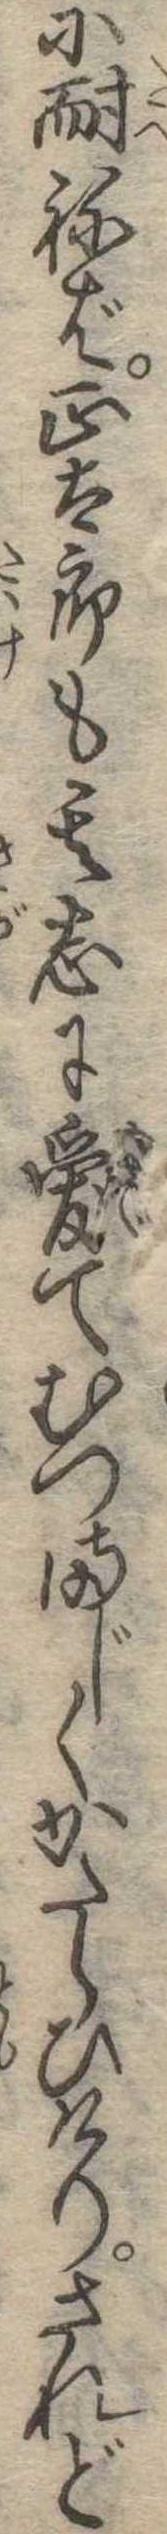
に耐ねば正太郎も其志に愛てむつまじくかたらひけりされど